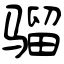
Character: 骝